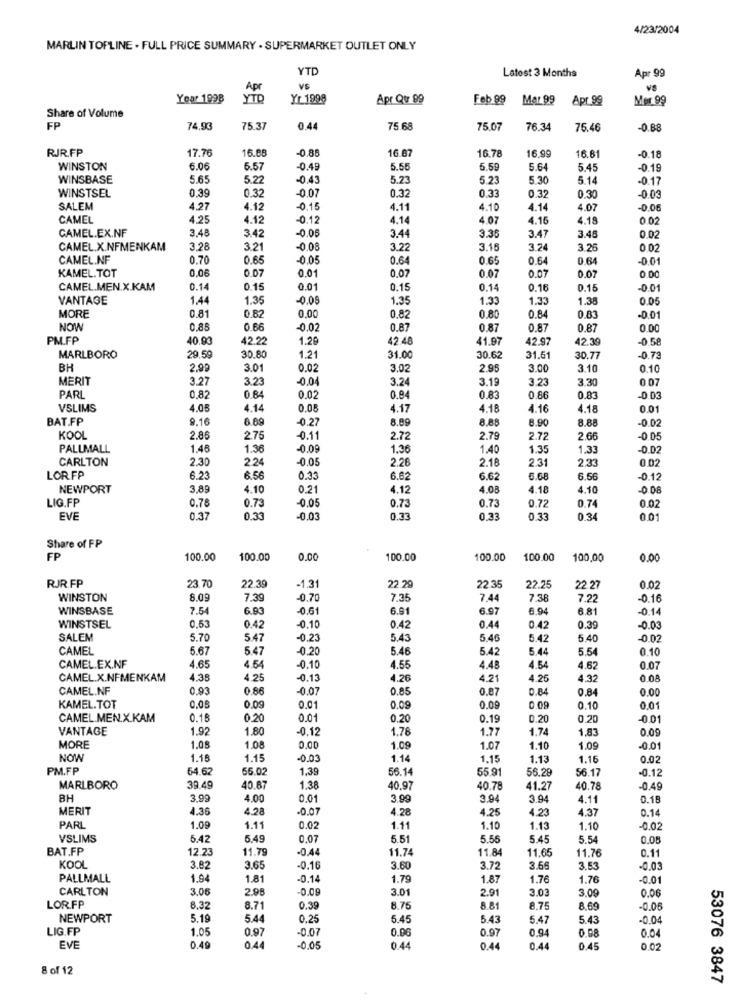
4/23/2004
MARLIN TOPLINE . FULL PRICE SUMMARY . SUPERMARKET OUTLET ONLY
YTD
Latest 3 Months
Apr 99
Apr
VS
VS
Year 1998
YTD
Yr 1998
Apr Qur 99
Feb 99
Mar 99
Apr 99
Mer 99
Share of Volume
FP
74.93
75.3
0.44
75.68
75 07
76.34
76.46
0.88
RIR.FP
17.70
16.88
-0,85
16.87
16.78
16.99
16.61
-0.18
WINSTON
6.06
5.57
0.45
5.56
6.59
5.64
5.45
-0.19
WINSBASE
5.65
5.2
-0.43
5.23
5.23
5.30
5.14
-0.17
0.39
0.32
-0.07
0.32
WINSTSEL
0.33
0.30
-0.03
SALEM
4.27
4.12
-0.15
4.11
4.10
4.14
4.07
0.06
CAMEL
4.25
4.12
-0.12
4.14
4.07
4.15
4.18
0 02
CAMEL.EX.NF
3.48
-0.06
3.42
3.44
3.35
3.47
3.48
0.02
CAMEL.X.NFMENKAM
3.28
3.21
-0.08
3.22
3.15
3.24
3.28
CAMEL.NF
0.70
0.65
-0.05
0.64
0.65
0.64
0.64
-0.01
KAMEL.TOT
0.06
0.07
0.01
0.07
0.07
0.07
0.07
0.00
CAMEL.MEN.X.KAM
0.14
0.15
0.01
0.15
0.14
0.16
0.15
VANTAGE
1.44
1.35
-0.08
1.35
1.33
1.33
1.38
0.05
0.83
MORE
0.81
0.82
0.00
0.82
0.80
0.84
-0.01
NOW
0,85
0.66
-0.02
0.87
0.87
0.87
0.87
0.00
PM.FP
40.9
42.22
1.29
42.48
41.97
42.97
42.39
0 58
MARLBORO
29.59
30.8
1.21
31.00
30.62
31.51
30.77
0.73
BH
2.99
3.01
0.02
3.02
2 .95
3.00
3.10
0.10
MERIT
3.27
3.23
-0.04
3.24
3.19
3.23
3.30
0.07
PARL
0,82
0.84
0.02
0.84
0.83
0.86
0.83
-0.03
VSLIMS
4.05
4.14
0.05
4.17
4.18
4.16
4.18
0.01
BAT.FP
9.16
6.89
0.27
8.89
8.85
8.90
8.88
-0.02
KOOL
2.86
2.75
-0.11
2.72
2.79
2.72
2.66
-0 05
PALLMALL
1.48
1.36
-0.09
1.36
1.40
1.35
1.33
0.02
CARLTON
2.30
2.24
0.05
2.26
2.18
2.31
2.33
0.02
LOR.FP
6.23
6.56
0.33
6.62
6.62
5.68
6.56
-0.12
NEWPORT
3.89
4.10
0.21
4.12
4.08
4.18
4.10
-0.08
LIG.FP
-0.05
0.73
0.76
0.73
0.73
0.72
0.74
0.02
EVE
0.37
0.33
-0.03
0.33
0.33
0.33
0.34
0.01
Share of FP
FP
100.00
100.00
0.00
100.00
100.00
100.00
100,00
0.00
23.70
22.29
RJR.FP
22.39
-1.31
22 35
22.25
22.27
0.02
WINSTON
8.09
7.39
-0.70
7.35
7,44
7 38
7.22
-0.16
WINSBASE
7.54
6.93
-0.61
6.91
6.97
6.94
6.81
-0.14
WINSTSEL
0.53
0.42
0.10
0.42
0.44
0.42
0.39
-0.03
SALEM
5.70
5.47
-0.23
5.43
5.40
5.42
5.40
0.02
CAMEL
5.67
5.47
-0.20
5.46
5.42
5.44
5.54
0.10
CAMEL.EX.NF
4.65
4.54
-0.10
4.55
4.45
4.54
4.62
0.07
CAMEL.X.NFMENKAM
4.38
4.25
-0.13
4.26
4.21
4.26
4.32
0.08
CAMEL.NF
0.93
0.86
-0.07
0.85
0.87
0.84
0.84
0.00
0.09
KAMEL.TOT
0.08
0.01
0.09
0.09
0 09
0.10
0.01
CAMEL.MEN.X.KAM
0.18
0.20
0.01
0.20
0.19
0.20
0.20
001
VANTAGE
1.92
1.80
-0.12
1.78
1.77
1.74
1.83
0.09
MORE
1.08
1.08
0.00
1.09
1.07
1.10
1.09
-0.01
NOW
1.18
1.15
-0.03
1.14
1.15
1.13
1.16
0.02
PM.FP
64.62
55.02
1.39
56.14
55.91
56.29
56.17
-0.12
MARLBORO
39.49
40.67
1.38
40.9
40.78
41.27
40.78
-0.49
BH
3.99
4.00
0.01
3.99
3.94
3.94
4.11
0.18
MERIT
4.36
4.28
0.07
4.28
4.25
4.23
4.37
0.14
PARL
1.09
1.11
0.02
1.11
1.10
1.13
1.10
-0.02
VSLIMS
5.42
5.49
0.07
5.51
5.55
5.45
5.54
0.05
BAT.FP
12.23
11.79
-0.44
11.7
11.8
11.65
11.76
0.11
KOOL
3.82
3.65
-0.16
3.60
3.72
3.66
3.53
-0.03
PALLMALL
1.94
1.81
-0.14
1.79
1.87
1.76
1.76
-0.01
CARLTON
3.06
2.95
-0.09
3.01
2.91
3.03
3.09
0.06
LOR.FP
8,35
8.71
0.39
8.75
8.81
8.75
8.69
-0.06
NEWPORT
5.19
5.4
0.25
5.45
5.43
5.47
5.43
-0.04
LIG.FP
1.05
0.97
-0.07
0.06
0.97
0.94
0.98
0.04
EVE
0.49
0.44
-0,05
0.44
0.4
0.44
0.45
0.02
8 of 12
53076 3847